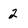
Character: 2